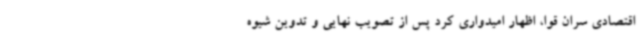
اقتصادی سران قوا، اظهار امیدواری کرد پس از تصویب نهایی و تدوین شیوه